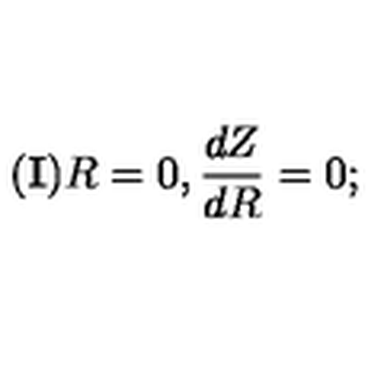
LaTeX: { \bf { ( I ) } } R = 0 , \frac { d Z } { d R } = 0 ;